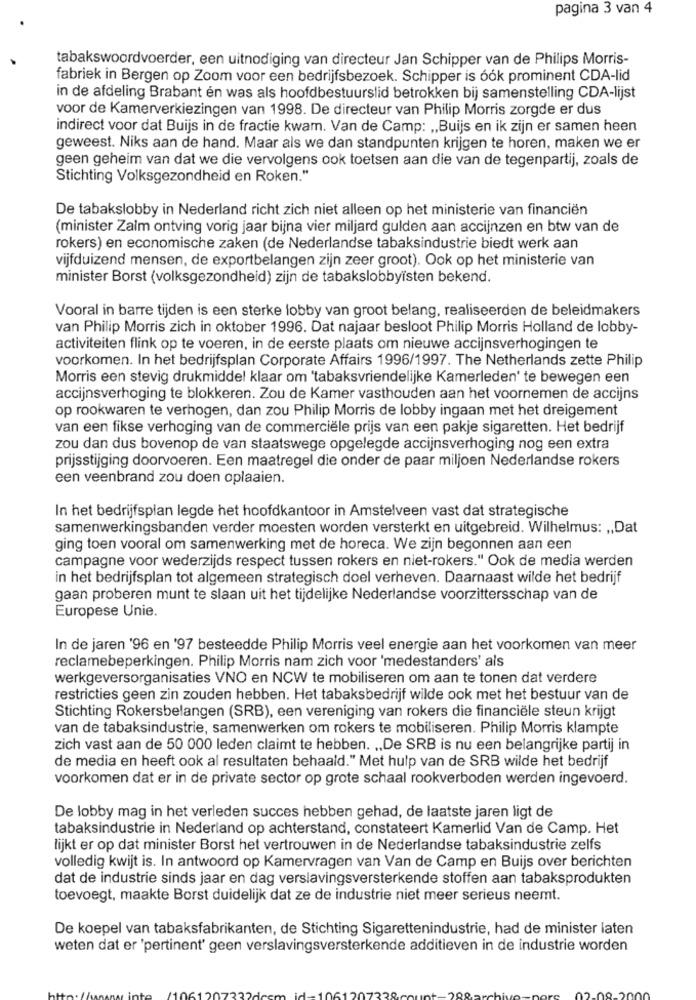
pagina 3 van 4
tabakswoordvoerder, een uitnodiging van directeur Jan Schipper van de Philips Morris-
fabriek in Bergen op Zoom voor een bedrijfsbezoek. Schipper is óók prominent CDA-lid
in de afdeling Brabant én was als hoofdbestuurslid betrokken bij samenstelling CDA-lijst
voor de Kamerverkiezingen van 1998. De directeur van Philip Morris zorgde er dus
indirect voor dat Buijs in de fractie kwam. Van de Camp: „Buijs en ik zijn er samen heen
geweest. Niks aan de hand. Maar als we dan standpunten krijgen te horen, maken we er
geen geheim van dat we die vervolgens ook toetsen aan die van de tegenpartij, zoals de
Stichting Volksgezondheid en Roken."
De tabakslobby in Nederland richt zich niet alleen op het ministerie van financiën
(minister Zalm ontving vorig jaar bijna vier miljard gulden aan accijnzen en btw van de
rokers) en economische zaken (de Nederlandse tabaksindustrie biedt werk aan
vijfduizend mensen, de exportbelangen zijn zeer groot). Ook op het ministerie van
minister Borst (volksgezondheid) zijn de tabakslobbyisten bekend.
Vooral in barre tijden is een sterke lobby van groot belang, realiseerden de beleidmakers
van Philip Morris zich in oktober 1996. Dat najaar besloot Philip Morris Holland de lobby-
activiteiten flink op te voeren, in de eerste plaats om nieuwe accijnsverhogingen te
voorkomen. In het bedrijfsplan Corporate Affairs 1996/1997. The Netherlands zette Philip
Morris een stevig drukmiddel klaar om 'tabaksvriendelijke Kamerleden' te bewegen een
accijnsverhoging te blokkeren. Zou de Kamer vasthouden aan het voornemen de accijns
op rookwaren te verhogen, dan zou Philip Morris de lobby ingaan met het dreigement
van een fikse verhoging van de commerciële prijs van een pakje sigaretten. Het bedrijf
zou dan dus bovenop de van staatswege opgelegde accijnsverhoging nog een extra
prijsstijging doorvoeren. Een maatregel die onder de paar miljoen Nederlandse rokers
een veenbrand zou doen oplaaien.
In het bedrijfsplan legde het hoofdkantoor in Amstelveen vast dat strategische
samenwerkingsbanden verder moesten worden versterkt en uitgebreid. Wilhelmus: ,, Dat
ging toen vooral om samenwerking met de horeca. We zijn begonnen aan een
campagne voor wederzijds respect tussen rokers en niet-rokers.“ Ook de media werden
in het bedrijfsplan tot algemeen strategisch doel verheven. Daarnaast wilde het bedrijf
gaan proberen munt te slaan uit het tijdelijke Nederlandse voorzittersschap van de
Europese Unie.
In de jaren '96 en '97 besteedde Philip Morris veel energie aan het voorkomen van meer
reclamebeperkingen. Philip Morris nam zich voor 'medestanders' als
werkgeversorganisaties VNO en NCW te mobiliseren om aan te tonen dat verdere
restricties geen zin zouden hebben. Het tabaksbedrijf wilde ook met het bestuur van de
Stichting Rokersbelangen (SRB), een vereniging van rokers die financiële steun krijgt
van de tabaksindustrie, samenwerken om rokers te mobiliseren. Philip Morris klampte
zich vast aan de 50 000 leden claimt te hebben. „De SRB is nu een belangrijke partij in
de media en heeft ook al resultaten behaald." Met hulp van de SRB wilde het bedrijf
voorkomen dat er in de private sector op grote schaal rookverboden werden ingevoerd.
De lobby mag in het verleden succes hebben gehad, de laatste jaren ligt de
tabaksindustrie in Nederland op achterstand, constateert Kamerlid Van de Camp. Het
lijkt er op dat minister Borst het vertrouwen in de Nederlandse tabaksindustrie zelfs
volledig kwijt is. In antwoord op Kamervragen van Van de Camp en Buijs over berichten
dat de industrie sinds jaar en dag verslavingsversterkende stoffen aan tabaksprodukten
toevoegt, maakte Borst duidelijk dat ze de industrie niet meer serieus neemt.
De koepel van tabaksfabrikanten, de Stichting Sigarettenindustrie, had de minister laten
weten dat er 'pertinent' geen verslavingsversterkende additieven in de industrie worden